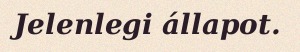
Jelenlegi állapot.